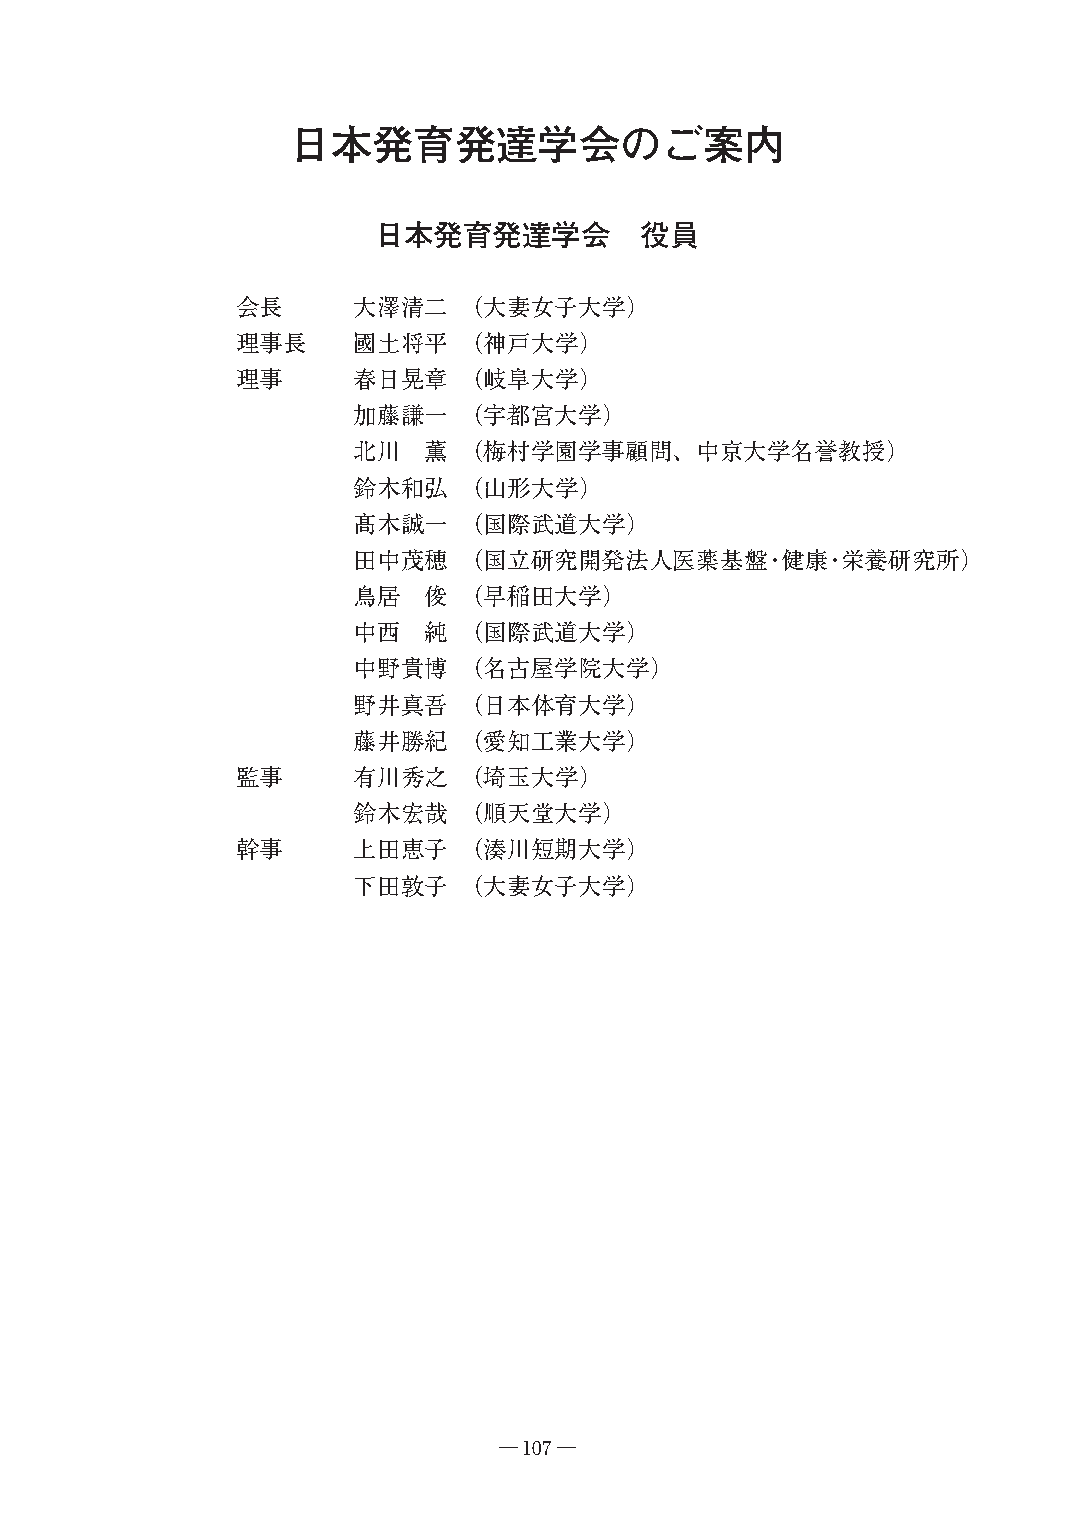
日本発育発達学会のご案内
 日本発育発達学会         役員
 会長     大澤清二   （大妻女子大学）
 理事長    國土将平   （神戸大学）
 理事     春日晃章   （岐阜大学）
 加藤謙一   （宇都宮大学）
 北川   薫 （梅村学園学事顧問、中京大学名誉教授）
 鈴木和弘   （山形大学）
 髙木誠一   （国際武道大学）
 田中茂穂   （国立研究開発法人医薬基盤・健康・栄養研究所）
 鳥居   俊 （早稲田大学）
 中西   純 （国際武道大学）
 中野貴博   （名古屋学院大学）
 野井真吾   （日本体育大学）
 藤井勝紀   （愛知工業大学）
 監事     有川秀之   （埼玉大学）
 鈴木宏哉   （順天堂大学）
 幹事     上田恵子   （湊川短期大学）
 下田敦子   （大妻女子大学）
 ―107―